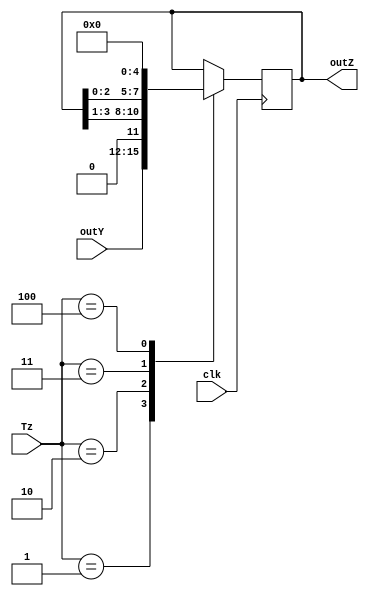
module registerZ(outY, clk, Tz, outZ);
	input wire [3:0] outY;
	input wire clk;
	input wire [3:0] Tz;
	output reg [3:0] outZ;

	parameter
	HOLD = 3'b000,
	LOAD = 3'b001,
	SHIFTR = 3'b010,
	SHIFTL = 3'b011,
	CLEAR = 3'b100;
	
	always @ (negedge clk) begin
		case (Tz)
			LOAD: outZ <= outY;            // Carrega o valor
			SHIFTR: outZ <= outZ >> 1;   // Divide o valor por 2
			SHIFTL: outZ <= outZ << 1;   // Multiplica por 2
			CLEAR: outZ <= 4'b0000;     // Zera o valor
		endcase
	end
endmodule